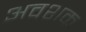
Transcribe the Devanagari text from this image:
अवशक